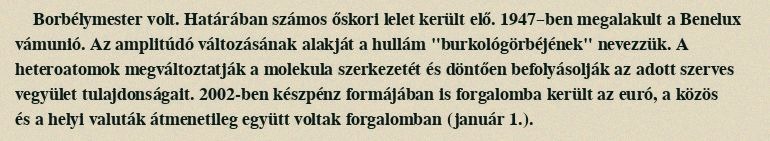
Borbélymester volt. Határában számos őskori lelet került elő. 1947–ben megalakult a Benelux vámunió. Az amplitúdó változásának alakját a hullám "burkológörbéjének" nevezzük. A heteroatomok megváltoztatják a molekula szerkezetét és döntően befolyásolják az adott szerves vegyület tulajdonságait. 2002-ben készpénz formájában is forgalomba került az euró, a közös és a helyi valuták átmenetileg együtt voltak forgalomban (január 1.).